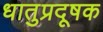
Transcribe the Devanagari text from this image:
धातुप्रदूषक